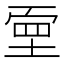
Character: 𡎄